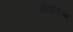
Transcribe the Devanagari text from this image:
मेंटलिज्म